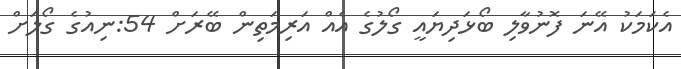
އެކަމަކު އޭނަ ފޮނުވާލި ބޯޅަދިޔައީ ގޯލުގެ އެއް އަރިމަތިން ބޭރަށް 54:ނިއުގެ ގޯލަށް